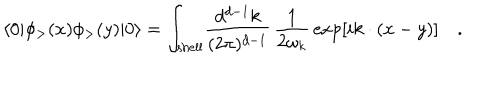
LaTeX: \langle 0 | \phi _ { > } ( x ) \phi _ { > } ( y ) | 0 \rangle = \int _ { \mathrm { s h e l l } } \! { \frac { d ^ { d - 1 } k } { ( 2 \pi ) ^ { d - 1 } } } \, { \frac { 1 } { 2 \omega _ { k } } } \exp [ i k \cdot ( x - y ) ] \quad .